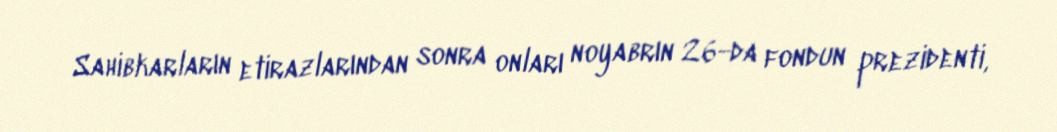
Sahibkarların etirazlarından sonra onları noyabrın 26-da fondun prezidenti,